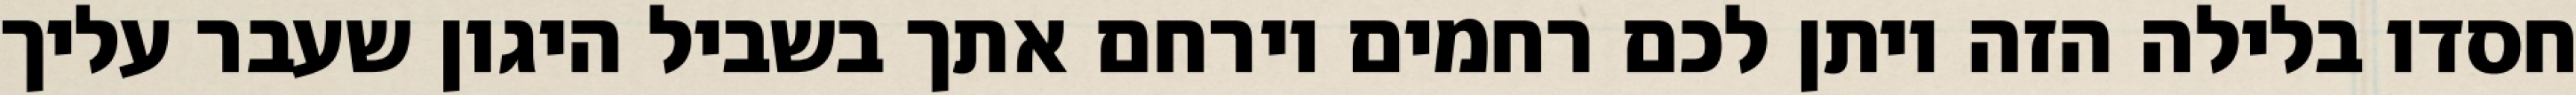
חסדו בלילה הזה ויתן לכם רחמים וירחם אתך בשביל היגון שעבר עליך